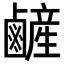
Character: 𪉺